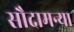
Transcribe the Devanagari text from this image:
सौदामन्या